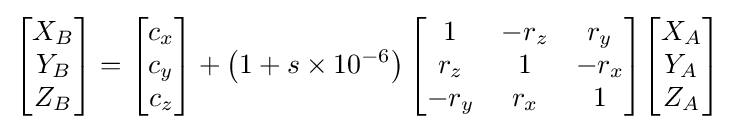
{\begin{bmatrix}X_{B}\\Y_{B}\\Z_{B}\end{bmatrix}}={\begin{bmatrix}c_{x}\\c_{y}\\c_{z}\end{bmatrix}}+\left(1+s\times 10^{-6}\right){\begin{bmatrix}1&-r_{z}&r_{y}\\r_{z}&1&-r_{x}\\-r_{y}&r_{x}&1\end{bmatrix}}{\begin{bmatrix}X_{A}\\Y_{A}\\Z_{A}\end{bmatrix}}